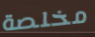
مخلصة